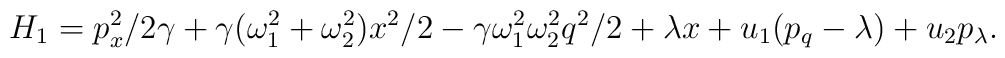
H_1=p_x^2/2\gamma+\gamma(\omega_1^2+\omega_2^2)x^2/2 -\gamma\omega_1^2\omega_2^2q^2/2+\lambda x+u_1(p_q-\lambda)+u_2p_{\lambda}.